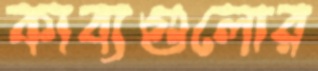
কাব্যগুলোর